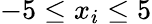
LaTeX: -5\leq x_{i}\leq 5